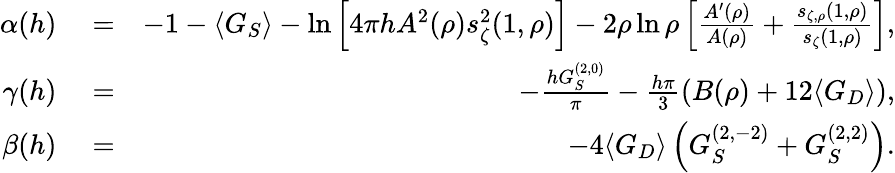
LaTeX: \begin{array}{rlr}{\alpha(h)}&{{}=}&{-1-\langle G_{S}\rangle-\ln\left[4\pi hA^{2}(\rho)s_{\zeta}^{2}(1,\rho)\right]-2\rho\ln\rho\left[\frac{A^{\prime}(\rho)}{A(\rho)}+\frac{s_{\zeta,\rho}(1,\rho)}{s_{\zeta}(1,\rho)}\right],}\\ {\gamma(h)}&{{}=}&{-\frac{hG_{S}^{(2,0)}}{\pi}-\frac{h\pi}{3}\left(B(\rho)+12\langle G_{D}\rangle\right),}\\ {\beta(h)}&{{}=}&{-4\langle G_{D}\rangle\left(G_{S}^{(2,-2)}+G_{S}^{(2,2)}\right).}\end{array}